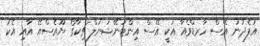
އުފެދުނު އޭސް ހާރޑްވެއާ އަކީ އޭސް އިންޓަނޭޝަނަލް ޗިކާގޯ ޔޫއެސްއޭ އާއި އެކު